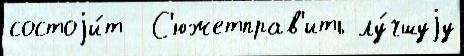
состоjи́т  С'южетправ'ить лу́чшуjу